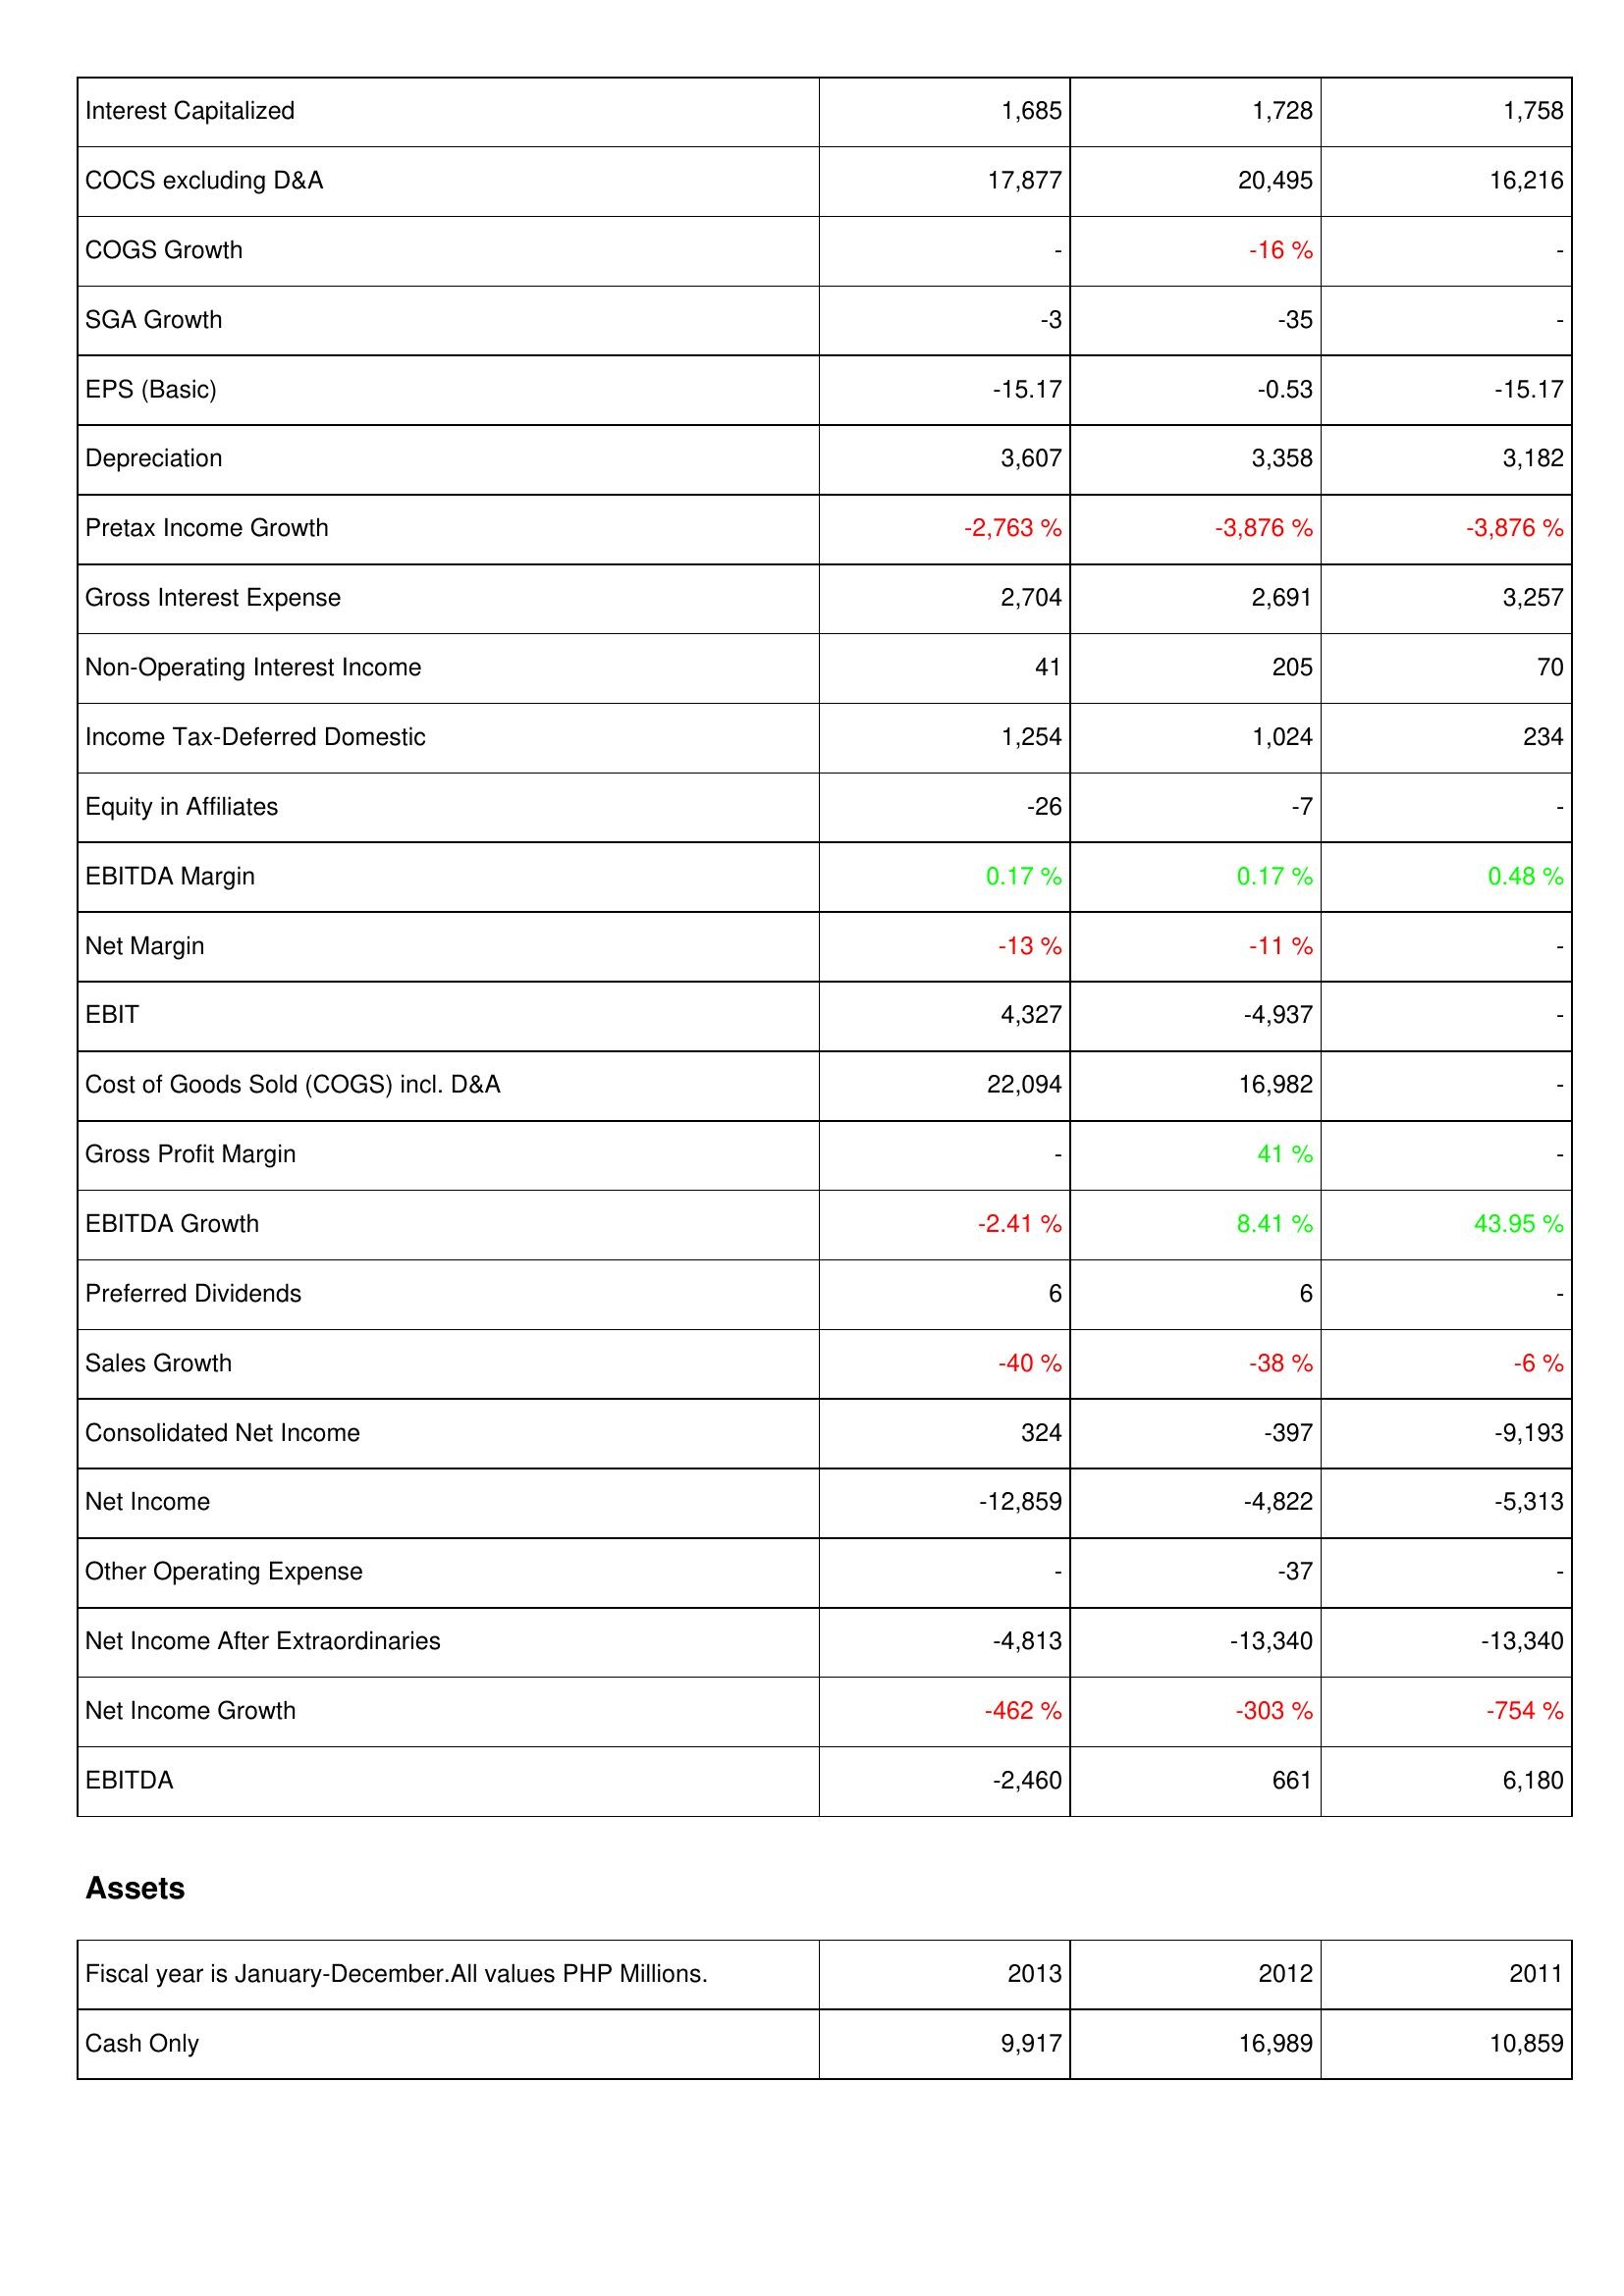
2013: Income Statement: Interest Capitalized: 1,685
COCS excluding D&A: 17,877
COGS Growth: -
SGA Growth: -3
EPS (Basic): -15.17
Depreciation: 3,607
Pretax Income Growth: -2,763 %
Gross Interest Expense: 2,704
Non-Operating Interest Income: 41
Income Tax-Deferred Domestic: 1,254
Equity in Affiliates: -26
EBITDA Margin: 0.17 %
Net Margin: -13 %
EBIT: 4,327
Cost of Goods Sold (COGS) incl. D&A: 22,094
Gross Profit Margin: -
EBITDA Growth: -2.41 %
Preferred Dividends: 6
Sales Growth: -40 %
Consolidated Net Income: 324
Net Income: -12,859
Other Operating Expense: -
Net Income After Extraordinaries: -4,813
Net Income Growth: -462 %
EBITDA: -2,460
Assets: Cash Only: 9,917
2012: Income Statement: Interest Capitalized: 1,728
COCS excluding D&A: 20,495
COGS Growth: -16 %
SGA Growth: -35
EPS (Basic): -0.53
Depreciation: 3,358
Pretax Income Growth: -3,876 %
Gross Interest Expense: 2,691
Non-Operating Interest Income: 205
Income Tax-Deferred Domestic: 1,024
Equity in Affiliates: -7
EBITDA Margin: 0.17 %
Net Margin: -11 %
EBIT: -4,937
Cost of Goods Sold (COGS) incl. D&A: 16,982
Gross Profit Margin: 41 %
EBITDA Growth: 8.41 %
Preferred Dividends: 6
Sales Growth: -38 %
Consolidated Net Income: -397
Net Income: -4,822
Other Operating Expense: -37
Net Income After Extraordinaries: -13,340
Net Income Growth: -303 %
EBITDA: 661
Assets: Cash Only: 16,989
2011: Income Statement: Interest Capitalized: 1,758
COCS excluding D&A: 16,216
COGS Growth: -
SGA Growth: -
EPS (Basic): -15.17
Depreciation: 3,182
Pretax Income Growth: -3,876 %
Gross Interest Expense: 3,257
Non-Operating Interest Income: 70
Income Tax-Deferred Domestic: 234
Equity in Affiliates: -
EBITDA Margin: 0.48 %
Net Margin: -
EBIT: -
Cost of Goods Sold (COGS) incl. D&A: -
Gross Profit Margin: -
EBITDA Growth: 43.95 %
Preferred Dividends: -
Sales Growth: -6 %
Consolidated Net Income: -9,193
Net Income: -5,313
Other Operating Expense: -
Net Income After Extraordinaries: -13,340
Net Income Growth: -754 %
EBITDA: 6,180
Assets: Cash Only: 10,859